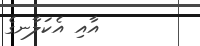
އާއި އެކަލާނގެ